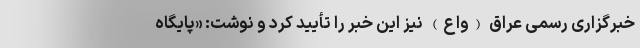
خبرگزاری رسمی عراق (واع)‌ نیز این خبر را تأیید کرد و نوشت:‌ «پایگاه